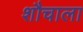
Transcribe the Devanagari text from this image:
शौचाला